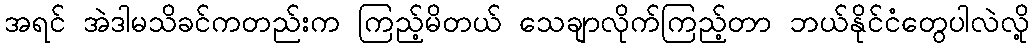
အရင် အဲဒါမသိခင်ကတည်းက ကြည့်မိတယ် သေချာလိုက်ကြည့်တာ ဘယ်နိုင်ငံတွေပါလဲလို့